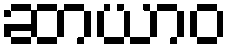
ဆာယာဝ